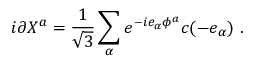
i \partial X ^ { a } = { \frac { 1 } { \sqrt 3 } } \sum _ { \alpha } e ^ { - i e _ { \alpha } \phi ^ { a } } c ( - e _ { \alpha } ) ~ .